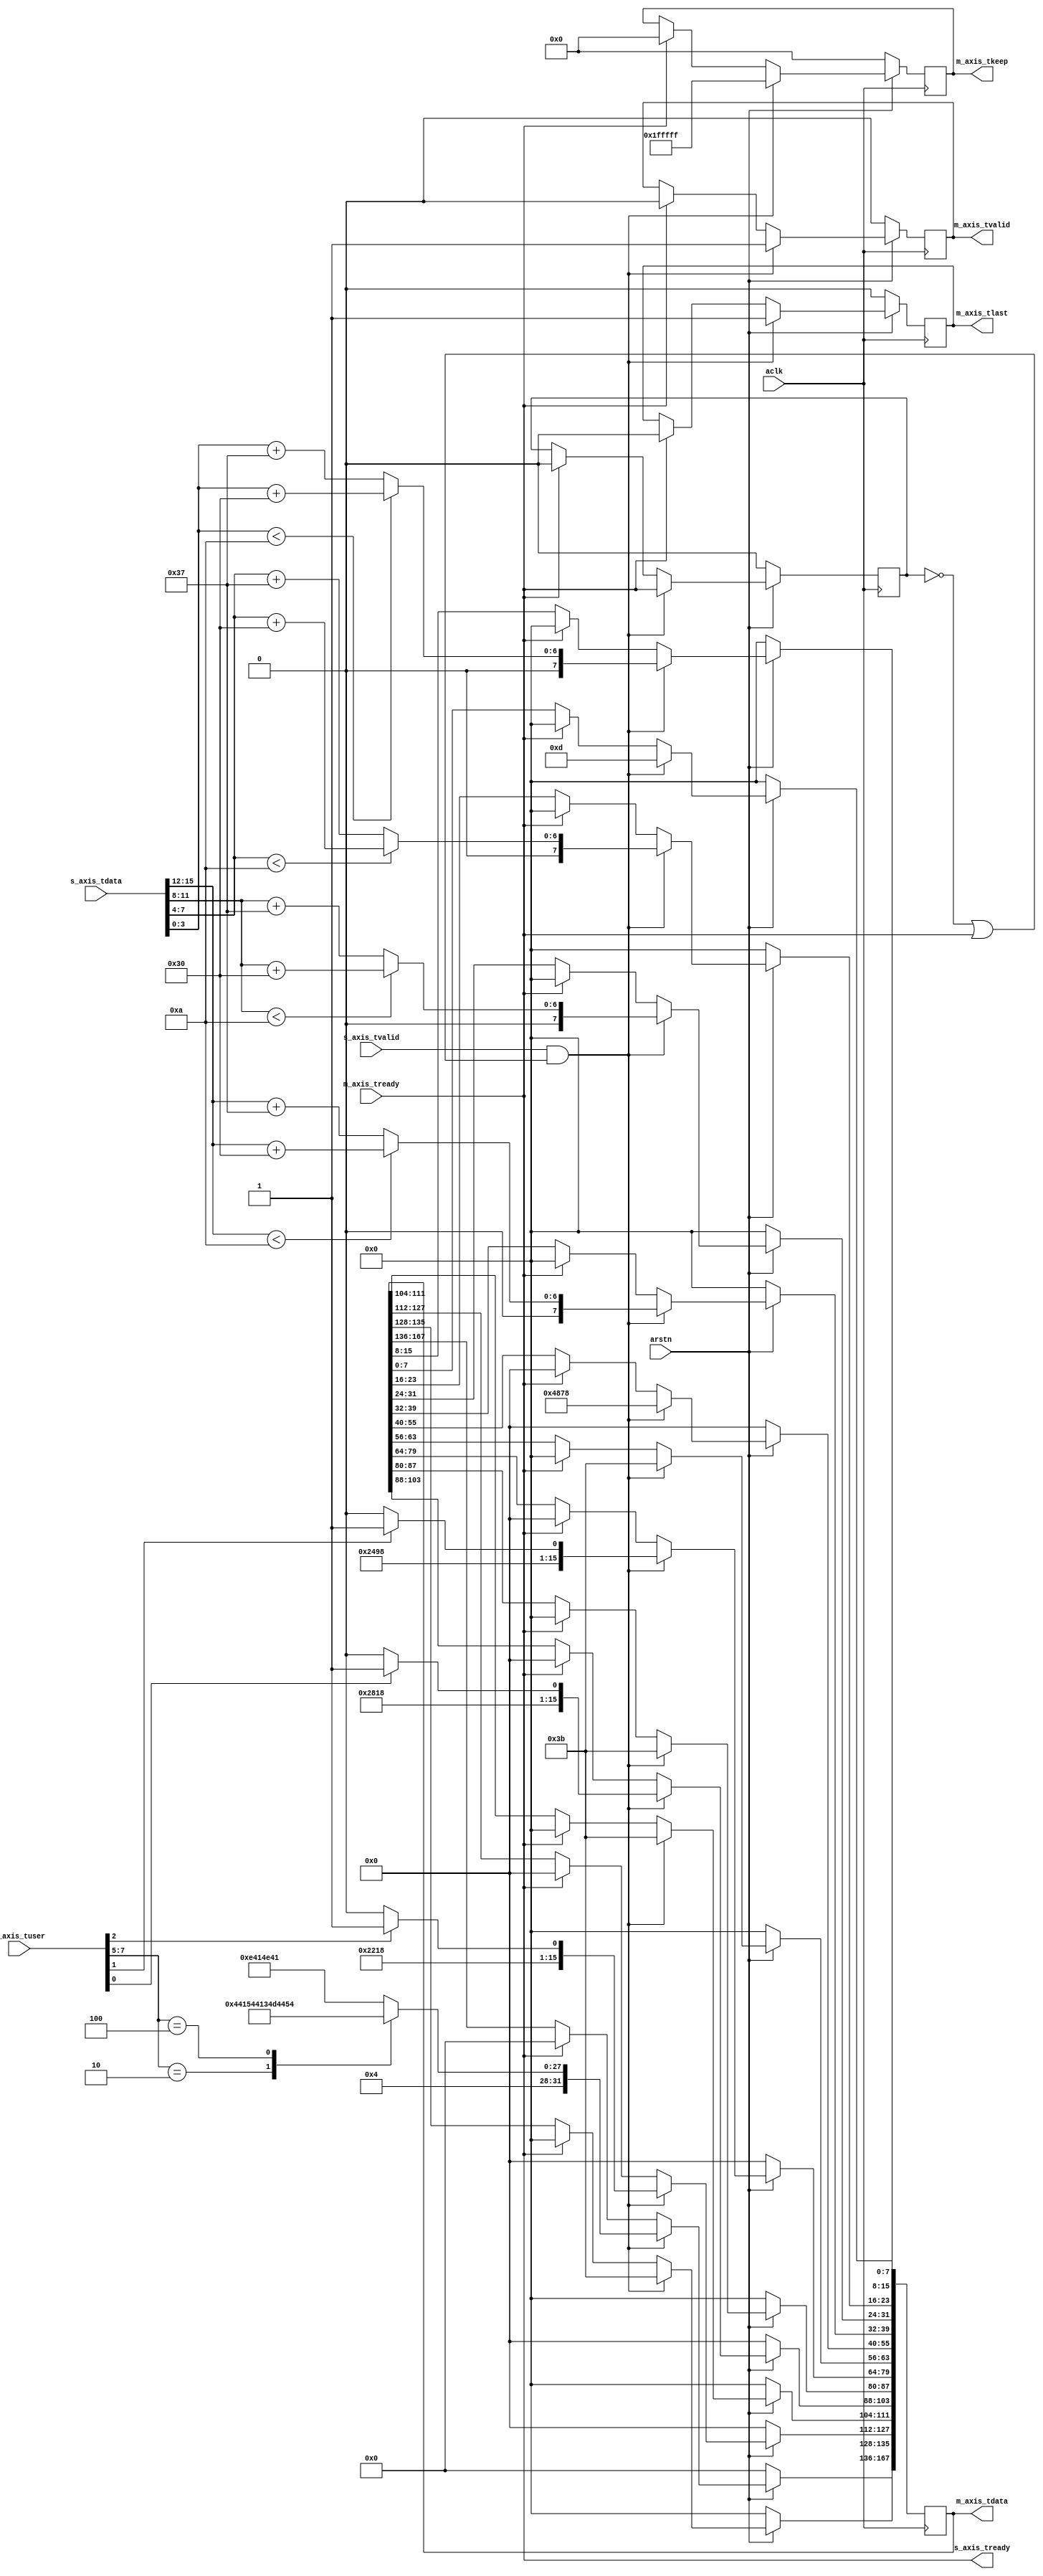
// ***************************************************************************
// ***************************************************************************
// @FILE    axis_1553_string_encoder.v
// @AUTHOR  JAY CONVERTINO
// @DATE    2021.06.21
// @BRIEF   Convert 1553 data into a string.
// @DETAILS 1553 data is converted to a string. The string is carrige return
//          terminated.
//
// @LICENSE MIT
//  Copyright 2021 Jay Convertino
//
//  Permission is hereby granted, free of charge, to any person obtaining a copy
//  of this software and associated documentation files (the "Software"), to 
//  deal in the Software without restriction, including without limitation the
//  rights to use, copy, modify, merge, publish, distribute, sublicense, and/or 
//  sell copies of the Software, and to permit persons to whom the Software is 
//  furnished to do so, subject to the following conditions:
//
//  The above copyright notice and this permission notice shall be included in 
//  all copies or substantial portions of the Software.
//
//  THE SOFTWARE IS PROVIDED "AS IS", WITHOUT WARRANTY OF ANY KIND, EXPRESS OR 
//  IMPLIED, INCLUDING BUT NOT LIMITED TO THE WARRANTIES OF MERCHANTABILITY, 
//  FITNESS FOR A PARTICULAR PURPOSE AND NONINFRINGEMENT. IN NO EVENT SHALL THE
//  AUTHORS OR COPYRIGHT HOLDERS BE LIABLE FOR ANY CLAIM, DAMAGES OR OTHER 
//  LIABILITY, WHETHER IN AN ACTION OF CONTRACT, TORT OR OTHERWISE, ARISING 
//  FROM, OUT OF OR IN CONNECTION WITH THE SOFTWARE OR THE USE OR OTHER DEALINGS
//  IN THE SOFTWARE.
// ***************************************************************************
// ***************************************************************************

`timescale 1ns/100ps

//1553 to string core
module axis_1553_string_encoder #(
    parameter byte_swap = 0
  )
  (
    //axi streaming clock and reset.
    input        aclk,
    input        arstn,
    //axis slave interface (input)
    input   [15:0]  s_axis_tdata,
    input           s_axis_tvalid,
    input   [ 7:0]  s_axis_tuser,
    output          s_axis_tready,
    //axis master interface (out)
    output      [167:0] m_axis_tdata,
    output  reg         m_axis_tvalid,
    output  reg         m_axis_tlast,
    output  reg [ 20:0] m_axis_tkeep,
    input               m_axis_tready
  );
  
  reg p_m_axis_tready;
  reg [167:0] r_m_axis_tdata;
  
  genvar byte_swap_index;
  //generate wires for byte swapping
  generate
    if(byte_swap > 0) begin
      for(byte_swap_index = 0; byte_swap_index < 21; byte_swap_index = byte_swap_index + 1) begin
        assign m_axis_tdata[(8*(byte_swap_index+1))-1:8*byte_swap_index] = r_m_axis_tdata[167-(8*byte_swap_index):168-(8*(byte_swap_index+1))];
      end
    end else begin
      assign m_axis_tdata = r_m_axis_tdata;
    end
  endgenerate
  
  //core does its conversion in a single clock cycle, tready needs to be sent to
  //the block before it since no blocking is done here.
  assign s_axis_tready = m_axis_tready;
  
  always @(posedge aclk) begin
    if(arstn == 1'b0) begin
      r_m_axis_tdata  <= 0;
      p_m_axis_tready <= 0;
      m_axis_tvalid   <= 0;
      m_axis_tkeep    <= 0;
      m_axis_tlast    <= 0;
    end else begin
        
        //when ready, 0 out data so we don't send out the same thing over and over.
        if(m_axis_tready == 1'b1) begin
          r_m_axis_tdata  <= 0;
          m_axis_tvalid   <= 0;
          m_axis_tkeep    <= 0;
          m_axis_tlast    <= 0;
          //no valid data, so lets 0 out previous to allow a valid assert of data without ready to happen.
          p_m_axis_tready <= 0;
        end
        
        //encode data into strings wait for the ready signel to be correct.
        if((s_axis_tvalid == 1'b1) && (~p_m_axis_tready || m_axis_tready)) begin
        
          //only update tready previous when tready is 1 or 0 0 (inital or no valid data for a while).
          p_m_axis_tready <= m_axis_tready;
          //data will be valid
          m_axis_tvalid <= 1'b1;
          //data will be the last packet
          m_axis_tlast  <= 1'b1;
          //keep all the data
          m_axis_tkeep  <= ~0;
          
          //encode type of data
          case(s_axis_tuser[7:5])
            //DATA
            3'b010: begin
              r_m_axis_tdata[167:136] <= "DATA";
            end
            //CMDS (cmd/status)
            3'b100: begin
              r_m_axis_tdata[167:136] <= "CMDS";
            end
            //NANA
            default: begin
              r_m_axis_tdata[167:136] <= "NANA";
            end
          endcase
          
          //insert seperator
          r_m_axis_tdata[135:128] <= ";";
          
          //insert default value for encode delay
          r_m_axis_tdata[127:112] <= "D0";
          
          //encode delay check
          if(s_axis_tuser[2] == 1'b1) begin
            r_m_axis_tdata[127:112] <= "D1";
          end
          
          //insert seperator
          r_m_axis_tdata[111:104] <= ";";
          
          //insert default value for parity state
          r_m_axis_tdata[103:88] <= "P0";
          
          //parity check
          if(s_axis_tuser[0] == 1'b1) begin
            r_m_axis_tdata[103:88] <= "P1";
          end
          
          //insert seperator
          r_m_axis_tdata[87:80] <= ";";
          
          //insert default value for invert state
          r_m_axis_tdata[79:64] <= "I0";
          
          //invert data check
          if(s_axis_tuser[1] == 1'b1) begin
            r_m_axis_tdata[79:64] <= "I1";
          end
          
          //insert seperator
          r_m_axis_tdata[63:56] <= ";";
          
          //insert data as a hex string
          //Hx start
          r_m_axis_tdata[55:40] <= "Hx";
          
          //offset conversion for decimal to hex
          // 48 is for 0 to 9, 55 is for 10 to 15 (A to F)
          r_m_axis_tdata[39:32] <= (s_axis_tdata[15:12] < 10 ? s_axis_tdata[15:12] + 48 : s_axis_tdata[15:12] + 55);
          r_m_axis_tdata[31:24] <= (s_axis_tdata[11: 8] < 10 ? s_axis_tdata[11: 8] + 48 : s_axis_tdata[11: 8] + 55);
          r_m_axis_tdata[23:16] <= (s_axis_tdata[ 7: 4] < 10 ? s_axis_tdata[ 7: 4] + 48 : s_axis_tdata[ 7: 4] + 55);
          r_m_axis_tdata[15: 8] <= (s_axis_tdata[ 3: 0] < 10 ? s_axis_tdata[ 3: 0] + 48 : s_axis_tdata[ 3: 0] + 55);
          
          //insert return
          //CR(D)
          r_m_axis_tdata[7:0] <= 8'h0D;
        end
    end
  end
  
endmodule